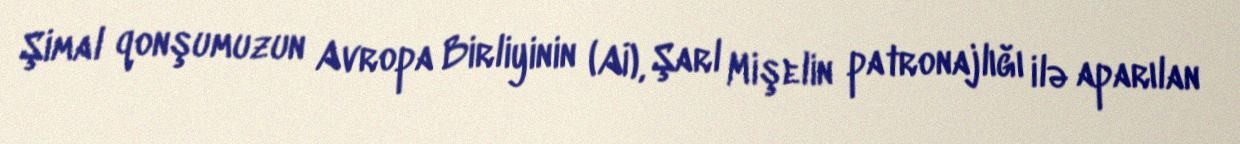
Şimal qonşumuzun Avropa Birliyinin (Aİ), Şarl Mişelin patronajlığı ilə aparılan